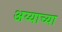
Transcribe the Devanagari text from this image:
अय्याच्या